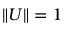
\| U \| = 1